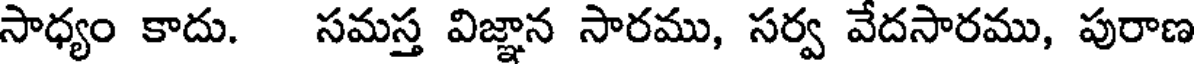
సాధ్యం కాదు. సమస్త విజ్ఞాన సారము, సర్వ వేదసారము, పురాణ